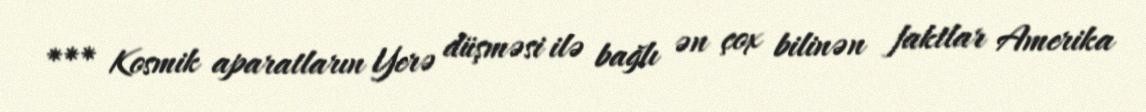
*** Kosmik aparatların Yerə düşməsi ilə bağlı ən çox bilinən faktlar Amerika